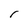
Character: r